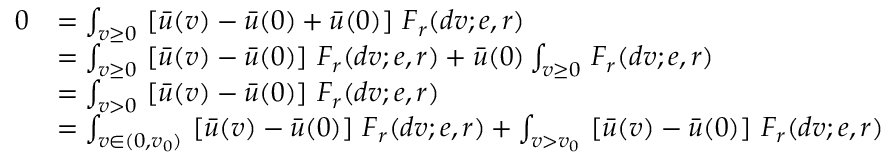
\begin{array} { r l } { 0 } & { = \int _ { v \geq 0 } \, \left[ \bar { u } ( v ) - \bar { u } ( 0 ) + \bar { u } ( 0 ) \right] \, F _ { r } ( d v ; e , r ) } \\ & { = \int _ { v \geq 0 } \, \left[ \bar { u } ( v ) - \bar { u } ( 0 ) \right] \, F _ { r } ( d v ; e , r ) + \bar { u } ( 0 ) \int _ { v \geq 0 } \, F _ { r } ( d v ; e , r ) } \\ & { = \int _ { v > 0 } \, \left[ \bar { u } ( v ) - \bar { u } ( 0 ) \right] \, F _ { r } ( d v ; e , r ) } \\ & { = \int _ { v \in ( 0 , v _ { 0 } ) } \, \left[ \bar { u } ( v ) - \bar { u } ( 0 ) \right] \, F _ { r } ( d v ; e , r ) + \int _ { v > v _ { 0 } } \, \left[ \bar { u } ( v ) - \bar { u } ( 0 ) \right] \, F _ { r } ( d v ; e , r ) } \end{array}